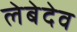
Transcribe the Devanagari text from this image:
लेबेदेव